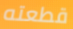
قطعته